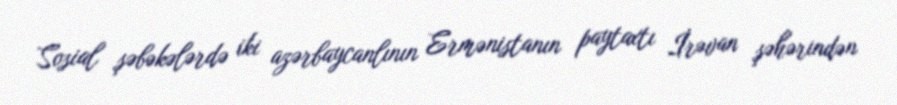
Sosial şəbəkələrdə iki azərbaycanlının Ermənistanın paytaxtı İrəvan şəhərindən